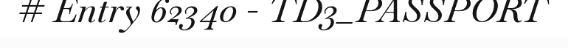
# Entry 62340 - TD3_PASSPORT